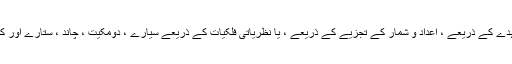
ایک ماہر فلکیات کا کام مشاہدے کے ذریعے ، اعداد و شمار کے تجزیے کے ذریعے ، یا نظریاتی فلکیات کے ذریعے سیارے ، دومکیت ، چاند ، ستارے اور کہکشاؤں کا مطالعہ کرنا ہے۔